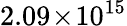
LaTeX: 2.09\! \times\! 10^{15}